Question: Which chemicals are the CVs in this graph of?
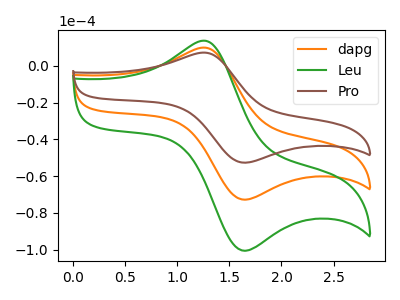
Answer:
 <answer>The orange curve is labeled "dapg". The green curve is labeled "Leu". The brown curve is labeled "Pro".</answer>
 <eval></eval>